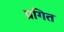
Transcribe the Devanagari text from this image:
प्रगित